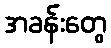
အခန်းတွေ